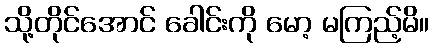
သို့တိုင်အောင် ခေါင်းကို မော့ မကြည့်မိ။